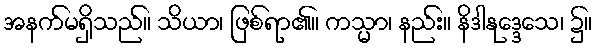
အနက်မရှိသည်။ သိယာ၊ ဖြစ်ရာ၏။ ကသ္မာ၊ နည်း။ နိဒါနုဒ္ဒေသေ၊ ၌။